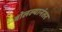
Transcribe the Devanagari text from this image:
बोलल्यानंतर